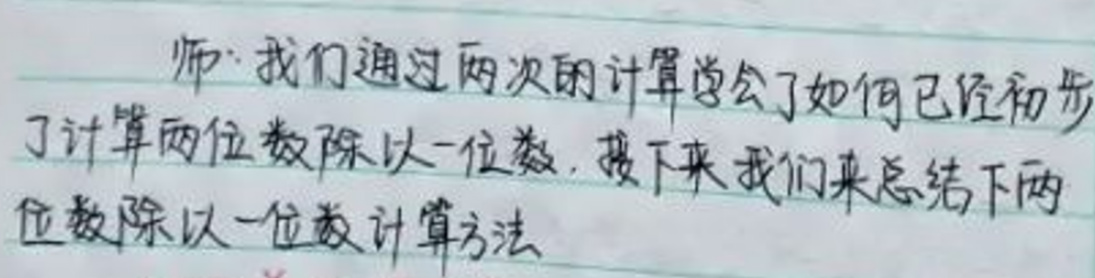
师：我们通过两次的计算学会了如何已经初步了计算两位数除以一位数，接下来我们来总结下两

位数除以一位数计算方法